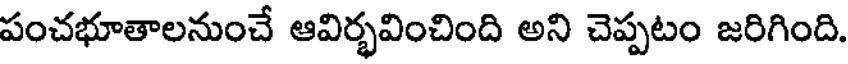
పంచభూతాలనుంచే ఆవిర్భవించింది అని చెప్పటం జరిగింది.